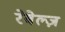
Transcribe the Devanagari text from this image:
रेबेल्ज़